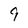
Character: 9